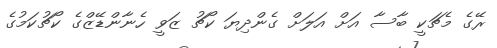
ރޭގެ މެޗަކީ ބާސާ އަށް އަލަށް ގެންދިޔަ ކޯޗު ޒަވީ ހެނާންޑޭޒްގެ ކޯޗުކަމުގެ